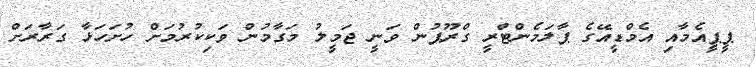
ޕީޕީއެމާއި އެމްޑީއޭގެ ޕާލަމެންޓްރީ ގްރޫޕުން ވަނީ ޖަމީލު މަގާމުން ވަކިކުރުމަށް ހުށަހަޅާ ގަރާރަށް